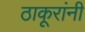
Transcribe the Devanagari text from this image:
ठाकूरांनी